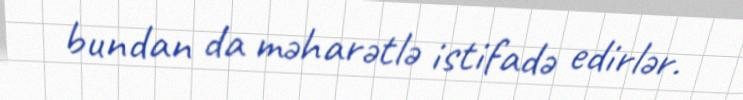
bundan da məharətlə istifadə edirlər.